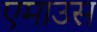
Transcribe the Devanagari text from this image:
एमाउस